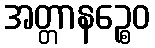
အတ္တာနဉ္စေဝ